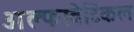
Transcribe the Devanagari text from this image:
अल्फावेटिकल